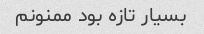
بسیار تازه بود ممنونم